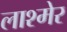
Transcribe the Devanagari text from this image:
लाश्मेर